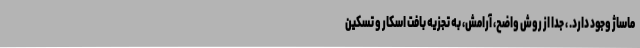
ماساژ وجود دارد. ، جدا از روش واضح، آرامش، به تجزیه بافت اسکار و تسکین